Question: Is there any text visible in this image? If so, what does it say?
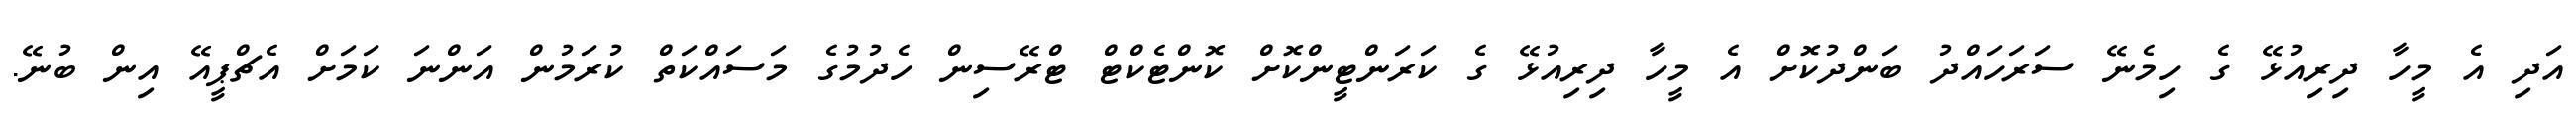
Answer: އަދި އެ މީހާ ދިރިއުޅޭ ގެ ހިމެނޭ ސަރަހައްދު ބަންދުކޮށް އެ މީހާ ދިރިއުޅޭ ގެ ކަރަންޓީންކޮށް ކޮންޓެކްޓް ޓްރޭސިން ހެދުމުގެ މަސައްކަތް ކުރަމުން އަންނަ ކަމަށް އެޗްޕީއޭ އިން ބުނޭ.